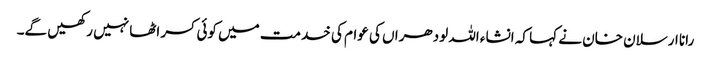
رانا ارسلان خان نے کہا کہ انشاء اللہ لودھراں کی عوام کی خدمت میں کوئی کسر اٹھا نہیں رکھیں گے۔